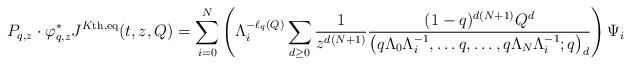
LaTeX: \begin{align*} P_{q,z} \cdot \varphi_{q,z}^* J^{K\textnormal{th,eq}}(t,z,Q) = \sum_{i=0}^N \left( \Lambda_i^{-\ell_q(Q)} \sum_{d \geq 0} \frac{1}{z^{d(N+1)}} \frac{(1-q)^{d(N+1)}Q^d}{\left(q\Lambda_0 \Lambda_i^{-1}, \dots q, \dots ,q\Lambda_N \Lambda_i^{-1} ;q \right)_d} \right) \Psi_i \end{align*}